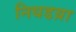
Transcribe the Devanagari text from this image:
निधडय़ा